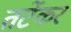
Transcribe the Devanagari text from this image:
तर्टेकर